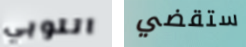
اللوبي ستقضي